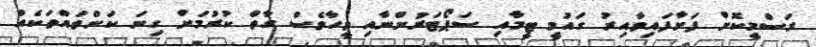
ރަސްމީކޮށް ފަށާފައިވާއިރު ގައުމީ ޓީމާއި ސަޕޯޓަރުންނާއި ވީހާވެސް ގާތް ކުރުމަށް ގިނަ ކަންތައްތަކެއް